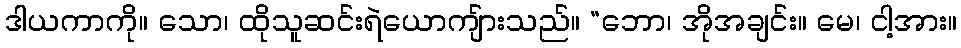
ဒါယကာကို။ သော၊ ထိုသူဆင်းရဲယောကျ်ားသည်။ “ဘော၊ အိုအချင်း။ မေ၊ ငါ့အား။